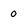
Character: 0